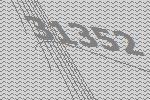
31352